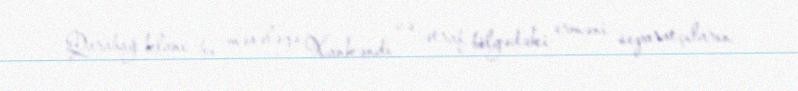
Qarabağ klanı bu məsələyə Xankəndi və ətraf bölgədəki erməni separatçıların